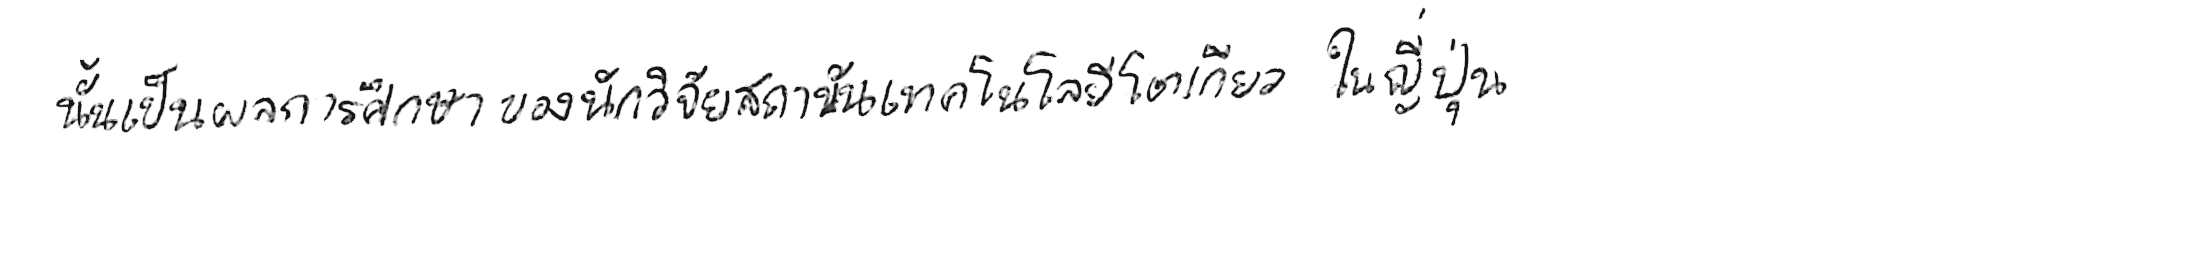
นั่นเป็นผลการศึกษาของนักวิจัยสถาบันเทคโนโลยีโตเกียว ในญี่ปุ่น